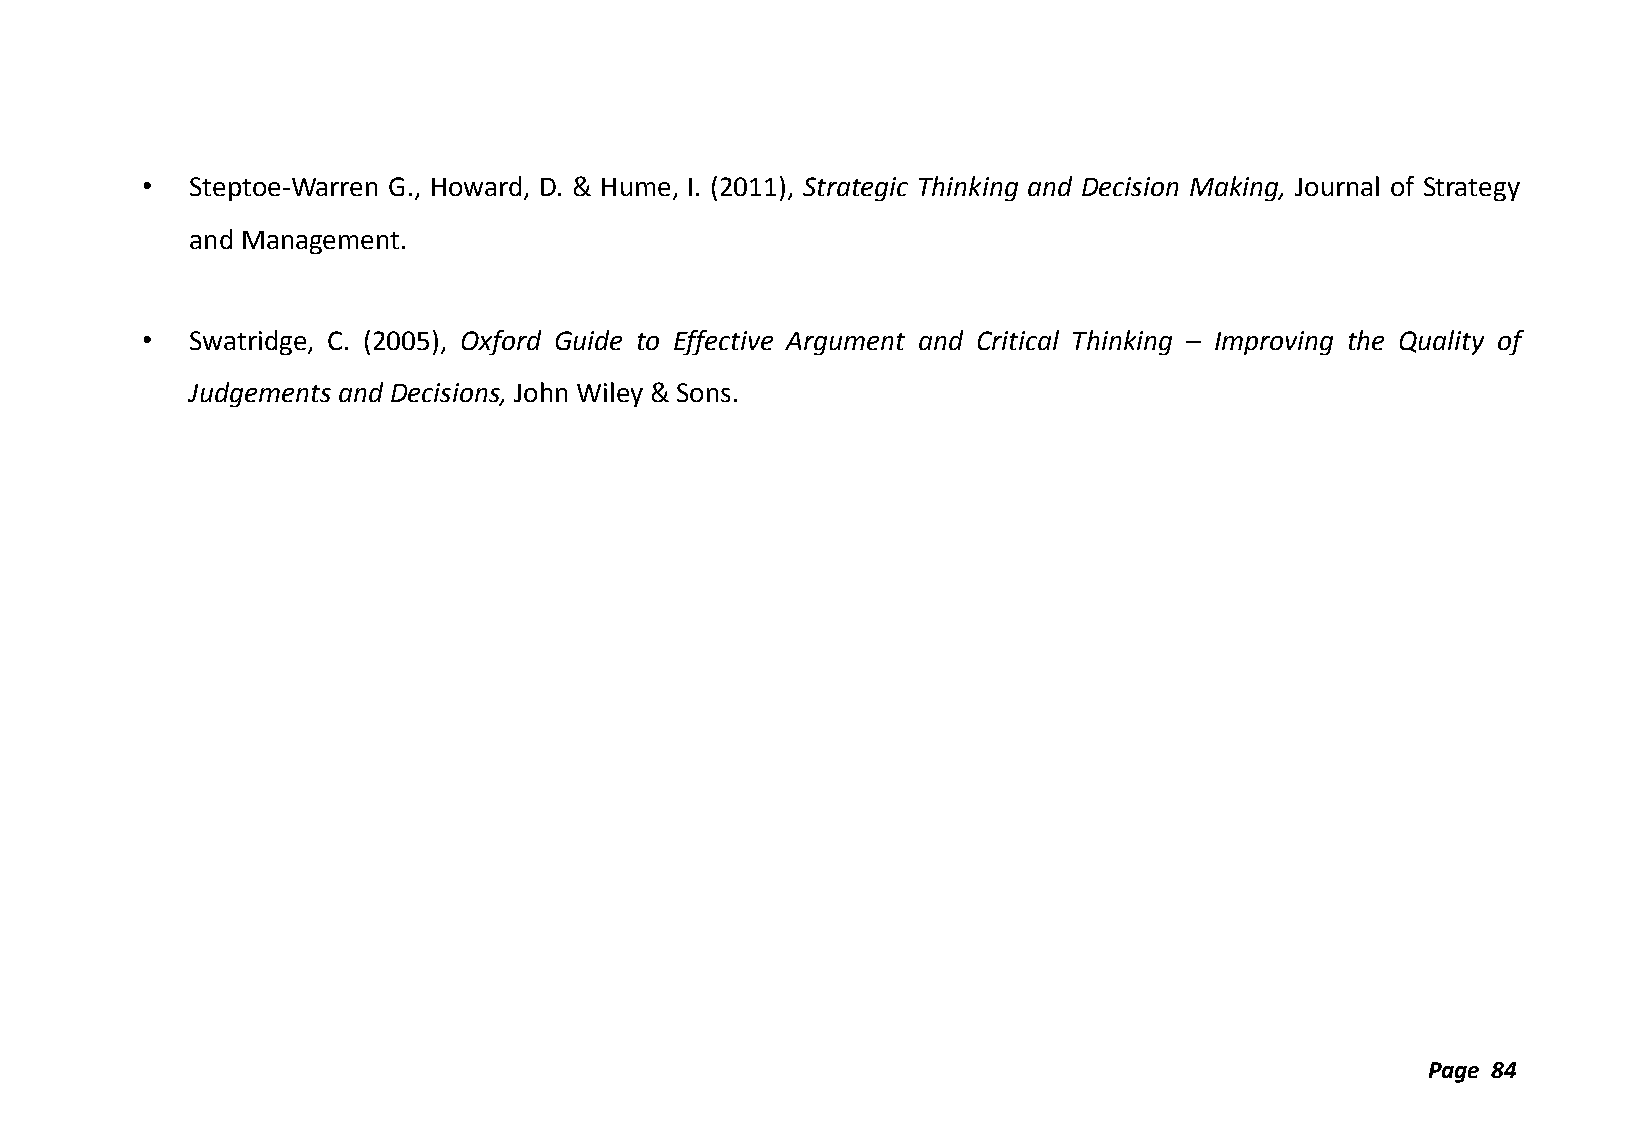
•   Steptoe-Warren G., Howard, D. & Hume, I. (2011), Strategic Thinking and Decision Making, Journal of Strategy
 and Management.
 •   Swatridge, C. (2005), Oxford Guide to Effective Argument and Critical Thinking – Improving the Quality of
 Judgements and Decisions, John Wiley & Sons.
 Page 84